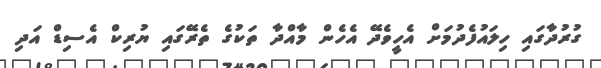
ގުރުދާގައި ހިލައުފެދުމަށް އެހީވެދޭ އެހެން މާއްދާ ތަކުގެ ތެރޭގައި ޔުރިކް އެސިޑް އަދި